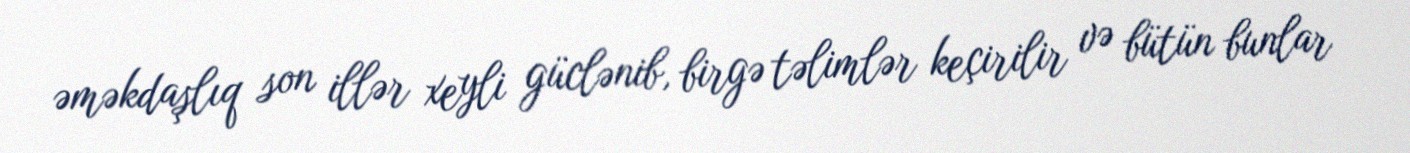
əməkdaşlıq son illər xeyli güclənib, birgə təlimlər keçirilir və bütün bunlar